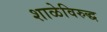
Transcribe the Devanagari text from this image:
शाळेविरुद्ध